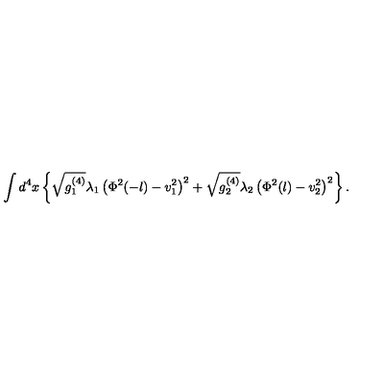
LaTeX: \int d ^ { 4 } x \left\{ \sqrt { g _ { 1 } ^ { ( 4 ) } } \lambda _ { 1 } \left( \Phi ^ { 2 } ( - l ) - v _ { 1 } ^ { 2 } \right) ^ { 2 } + \sqrt { g _ { 2 } ^ { ( 4 ) } } \lambda _ { 2 } \left( \Phi ^ { 2 } ( l ) - v _ { 2 } ^ { 2 } \right) ^ { 2 } \right\} .